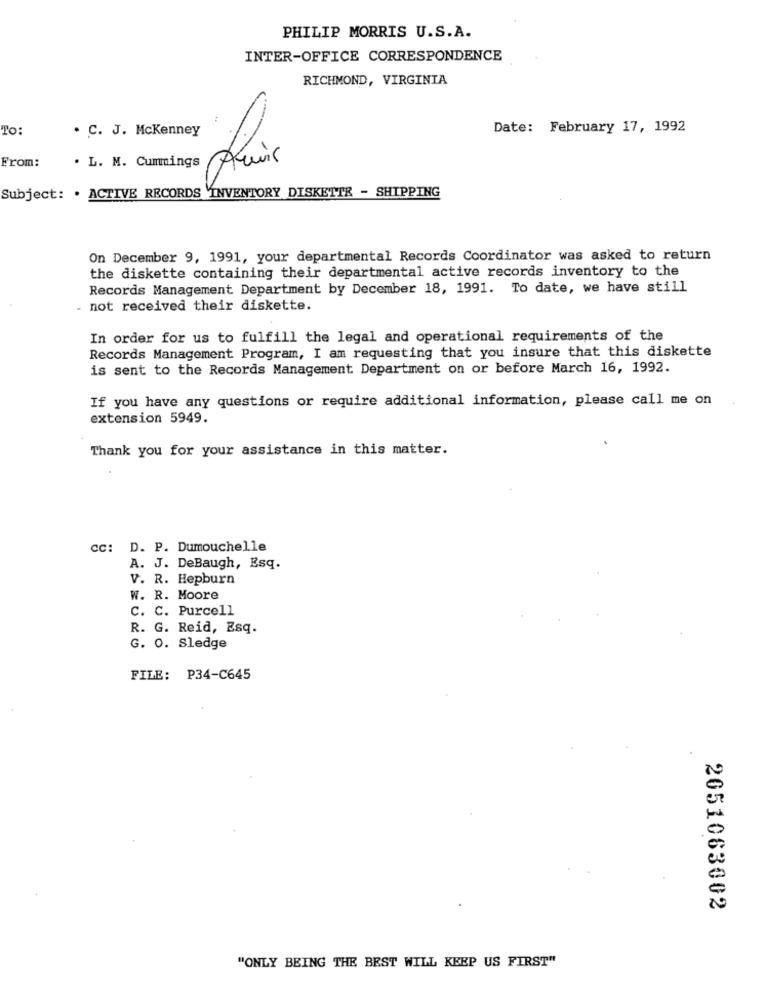
PHILIP MORRIS U.S.A.
INTER-OFFICE CORRESPONDENCE
RICHMOND, VIRGINIA
To:
. C. J. McKenney
Date: February 17, 1992
From:
. L. M. Cummings
Subject: . ACTIVE RECORDS INVENTORY DISKETTE - SHIPPING
On December 9, 1991, your departmental Records Coordinator was asked to return
the diskette containing their departmental active records inventory to the
Records Management Department by December 18, 1991. To date, we have still
. not received their diskette.
In order for us to fulfill the legal and operational requirements of the
Records Management Program, I am requesting that you insure that this diskette
is sent to the Records Management Department on or before March 16, 1992.
If you have any questions or require additional information, please call me on
extension 5949.
Thank you for your assistance in this matter.
cc: D. P. Dumouchelle
A. J. DeBaugh, Esq.
V. R. Hepburn
W. R. Moore
c. C. Purcell
R. G. Reid, Esq.
G. O. Sledge
FILE: P34-C645
2051063002
"ONLY BEING THE BEST WILL KEEP US FIRST"